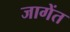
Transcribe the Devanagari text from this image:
जागेंत